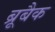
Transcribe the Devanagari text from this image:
ब्रूबैक